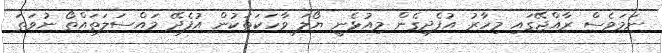
ނަމަވެސް ރާއްޖޭގައި މިހާރު އުފެދިގެން މިއުޅެނީ ޔޯލަ ވާހަކަތަކުން އުފެދޭ މައްސަލަތައްތޯ ނުވަތަ